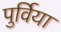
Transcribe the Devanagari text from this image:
पुर्विया